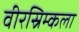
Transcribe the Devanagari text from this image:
वीरस्रिम्कला